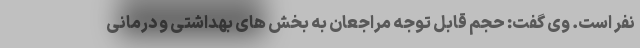
نفر است. وی گفت: حجم قابل توجه مراجعان به بخش های بهداشتی و درمانی